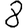
Digit: 8